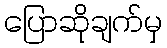
ပြောဆိုချက်မှ